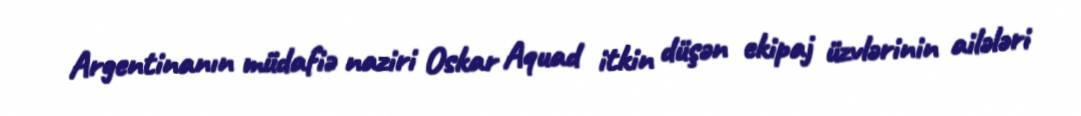
Argentinanın müdafiə naziri Oskar Aquad itkin düşən ekipaj üzvlərinin ailələri